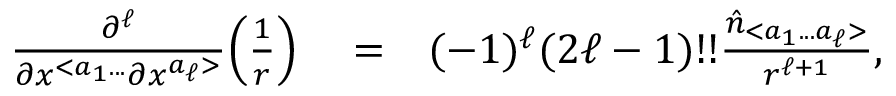
\begin{array} { r l r } { \frac { \partial ^ { \ell } } { \partial x ^ { < a _ { 1 } . . . } \partial x ^ { a _ { \ell } > } } \Big ( \frac { 1 } { r } \Big ) } & { { } = } & { ( - 1 ) ^ { \ell } ( 2 \ell - 1 ) ! ! \frac { \hat { n } _ { < a _ { 1 } . . . a _ { \ell } > } } { r ^ { \ell + 1 } } , } \end{array}